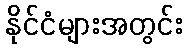
နိုင်ငံများအတွင်း